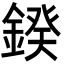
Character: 鍨